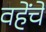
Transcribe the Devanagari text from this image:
वहेंचे